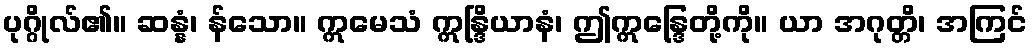
ပုဂ္ဂိုလ်၏။ ဆန္နံ၊ န်သော။ ဣမေသံ ဣန္ဒြိယာနံ၊ ဤဣန္ဒြေတို့ကို။ ယာ အဂုတ္တိ၊ အကြင်